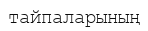
тайпаларының